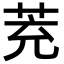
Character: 茺